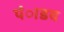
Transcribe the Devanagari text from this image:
पंाडव